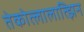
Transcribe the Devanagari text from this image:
तेकोत्लालात्झिन